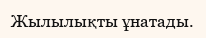
Жылылықты ұнатады.